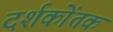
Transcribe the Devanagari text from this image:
दर्शकोंतक